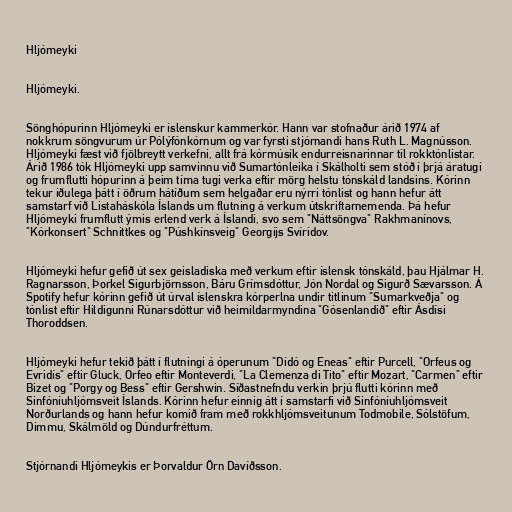
Hljómeyki

Hljómeyki.

Sönghópurinn Hljómeyki er íslenskur kammerkór. Hann var stofnaður árið 1974 af
nokkrum söngvurum úr Pólýfónkórnum og var fyrsti stjórnandi hans Ruth L. Magnússon.
Hljómeyki fæst við fjölbreytt verkefni, allt frá kórmúsík endurreisnarinnar til rokktónlistar.
Árið 1986 tók Hljómeyki upp samvinnu við Sumartónleika í Skálholti sem stóð í þrjá áratugi
og frumflutti hópurinn á þeim tíma tugi verka eftir mörg helstu tónskáld landsins. Kórinn
tekur iðulega þátt í öðrum hátíðum sem helgaðar eru nýrri tónlist og hann hefur átt
samstarf við Listaháskóla Íslands um flutning á verkum útskriftarnemenda. Þá hefur
Hljómeyki frumflutt ýmis erlend verk á Íslandi, svo sem "Náttsöngva" Rakhmanínovs,
"Kórkonsert" Schnittkes og "Púshkínsveig" Georgíjs Svírídov.

Hljómeyki hefur gefið út sex geisladiska með verkum eftir íslensk tónskáld, þau Hjálmar H.
Ragnarsson, Þorkel Sigurbjörnsson, Báru Grímsdóttur, Jón Nordal og Sigurð Sævarsson. Á
Spotify hefur kórinn gefið út úrval íslenskra kórperlna undir titlinum "Sumarkveðja" og
tónlist eftir Hildigunni Rúnarsdóttur við heimildarmyndina "Gósenlandið" eftir Ásdísi
Thoroddsen.

Hljómeyki hefur tekið þátt í flutningi á óperunum "Dídó og Eneas" eftir Purcell, "Orfeus og
Evridís" eftir Gluck, Orfeo eftir Monteverdi, "La Clemenza di Tito" eftir Mozart, "Carmen" eftir
Bizet og "Porgy og Bess" eftir Gershwin. Síðastnefndu verkin þrjú flutti kórinn með
Sinfóníuhljómsveit Íslands. Kórinn hefur einnig átt í samstarfi við Sinfóníuhljómsveit
Norðurlands og hann hefur komið fram með rokkhljómsveitunum Todmobile, Sólstöfum,
Dimmu, Skálmöld og Dúndurfréttum.

Stjórnandi Hljómeykis er Þorvaldur Örn Davíðsson.